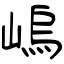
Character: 嵨